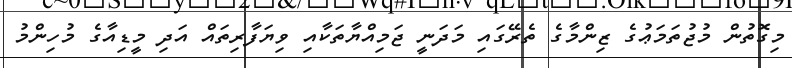
މިގޮތުން މުޖުތަމަޢުގެ ޒިންމާގެ ތެރޭގައި މަދަނީ ޖަމިއްޔާތަކާއި ވިޔަފާރިތައް އަދި މީޑިއާގެ މުހިންމު